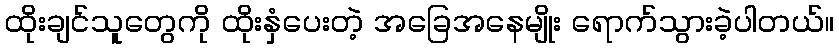
ထိုးချင်သူတွေကို ထိုးနှံပေးတဲ့ အခြေအနေမျိုး ရောက်သွားခဲ့ပါတယ်။